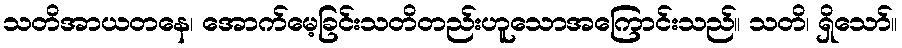
သတိအာယတနေ၊ အောက်မေ့ခြင်းသတိတည်းဟူသောအကြောင်းသည်။ သတိ၊ ရှိသော်။